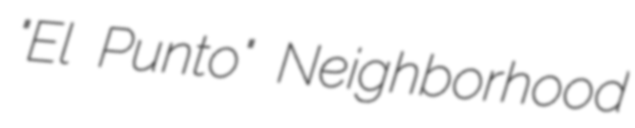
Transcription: "El Punto" Neighborhood